King Institute of Preventive Medicine Micro-Biological Section reports 1912-19
Year: 1912
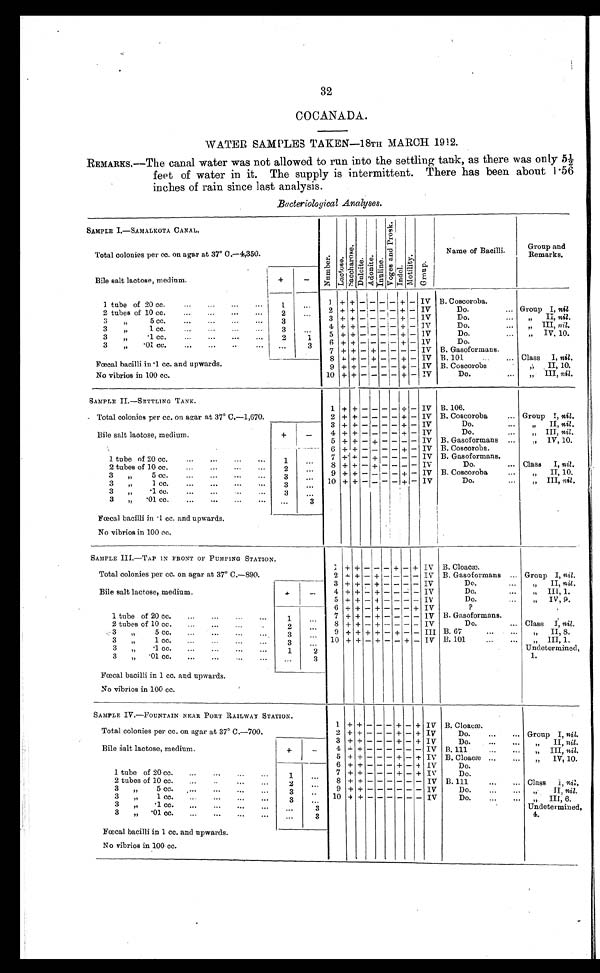
32
COCANADA.
WATER SAMPLES TAKEN—18TH MARCH 1912.
REMARKS.—The canal water was not allowed to run into the settling tank, as there was only 5½
feet of water in it. The supply is intermittent. There has been about 1.56
inches of rain since last analysis.
Bacteriological Analyses.
SAMPLE I..—SAMALKOTA CANAL.
Numbe r
Lact ose.
Sa c c ha r os e .
Dul ci t e
Ad o n i t e .
Inuline.
Vo g e s a n d P r o s k .
Indol.
Mot i l i t y.
G r o u p .
Name of Bacilli.
Group
and Remarks.
Total colonies per cc. on agar at 37° C.—4,350.
Bile salt lactose, medium.
+
-
1 tube of 20 cc. . . .
1
. . .
1 + + - - - - + - IV B. Coscoroba.
2 + +
- - - - + - IV
Do. . . . Group I, ni l .
2 tubes of 10 cc. . . .
2
. . .
+ +
- -
- - + - IV
Do. . . .
" II, n i l
.
3
3 " 5 cc. . . .
3
4 + +
- -
- - + - IV
D o . . . .
" I I I ,
n i l .
3 " 1 cc. . . .
3
. . .
+ +
- -
- - + - IV
D o . . . .
IV, 10.
5
3 " .1 cc. . . .
2
1
6 + + - - - - + - IV
D o . . . .
3 " .01 cc. . . .
. . .
3
7 + + - + - - - - IV B. Gasoformans.
8
+ + - + - - + - IV B. 101 . . . Class I, nil .
Fœcal bacilli in .1 cc. and upwards.
9 + + - - - - + - IV B. Coscoroba .
" II, 10.
10 + +
- - - - + - IV
D o . . . .
" I I I ,
n i l
.
No vibrios in 100 cc.
SAMPLE I I.—SETTLING TANK.
1 + + - - - - + - IV B.106.
Total colonies per cc. on agar at 37° C.—1,670.
2 + + - - - - + - IV B. Coscoroba . . . Group I, nil.
3 +
+ - - - -
+ - IV
D o . . . .
" I I ,
n i l .
Bile salt lactose, medium.
+
-
4 + + - - - - + - IV
Do. . . .
" III, nil.
5 + + - + - - - - IV B. Gasoformans . . .
" IV, 10.
6 + + - - - - + - IV B. Coscoroba.
1 tube of 20 cc. . . .
1
. . .
7 + + - + - - - - IV B. Gasoformans . . .
8 + + - + - - - - IV
Do. . . . Class I, nil.
2 tubes of 10 cc. . . .
2
. . .
9 + + - - - - + - IV B. Coscoroba . . .
" II, 10.
3 " 5cc. . . .
3
. . .
10 + + - - - - + -
I V
D o . . . .
" III, nil.
3 " 1 cc. . . .
3
. . .
3 " .1 cc. . . .
3
. . .
3 " .01 cc. . . .
. . .
3
Fœcal bacilli in .1 cc. and upwards.
No vibrios in 100 cc.
SAMPLE III.—TAP IN FRONT OF PUMPING STATION.
1 + + - - - + - + IV B. Cloacæ.
Total colonies per cc. on agar at 37° C.—890.
2
+ + - + - - - - IV B. Gasoformans . . . Group I, nil.
3
+ + -
+ - - -
- IV
Do. . . .
" II, nil.
Bile salt lactose, medium.
+
-
4 + + - + - - - - IV
Do. . . .
" III, 1.
5 + + - + - - - - IV
Do. . . .
" IV, 9.
6
+ + - + - - -
+ IV
?
1 tube of 20 cc. . . .
1
. . .
7 + + - + - - - - IV B. Gasoformans.
8 + + - + - - - - IV
Do. . . . Class I, nil.
2 tubes of 10 cc. . . .
2
. . .
3 " 5 c c . . . .
3
. . .
9
+ + + + - +
- - III B. 67 . . .
" I I , 8 .
3 " 1 cc. . . .
3
. . . 10 + + - + - - + - IV B. 101 . . .
" I I I , 1 .
3 " . 1 c c . . . .
1
2
Undetermined,
1.
3 " .01 cc. . . .
. . .
3
Fœcal bacilli in 1 cc. and upwards.
No vibrios in 100 cc.
SAMPLE IV.—FOUNTAIN NEAR PORT RAILWAY STATION.
1 + + - - - + - + IV B. Cloacæ.
Total colonies per cc. on agar at 37° C.—700.
2 + + - - - + - + IV
Do. . . .
Group I, nil.
3 + + - - - + - + IV
Do. . ..
" II, nil.
Bile Salt lactose, medium.
+
-
4
+ + -
- - - - - IV B. 111 . . .
" III, nil.
5 + + - - - + - + IV B. Cloacæ . . .
IV, 10.
6
+ + - - - + - + IV
Do. . . .
1 tube of 20 cc. . . .
1
. . .
7 + + - - - + - + IV
Do. . . .
2 tubes of 10 cc. . . .
8 + + -
- - - - - IV B. 111 . . .
Class I, nil.
2
. . .
3 " 5 cc. . . .
3
. . .
9
+ + -
- - - - - IV
Do. . . .
n i l .
3 " 1 c c . . . .
3
. . .
10
+ + -
- - - - - IV
Do. . . .
" I I I , 6 .
3 " .1 cc. . . .
. . .
3
Undetermined,
4.
3 " .01 cc. . . .
. . .
3
Fœcal bacilli in 1 cc. and upwards.
No vibrios in 100 cc.